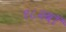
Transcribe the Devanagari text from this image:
१८२वॉ